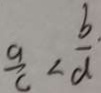
\frac { a } { c } < \frac { b } { d }